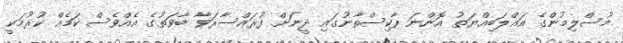
މުސްލިމުންގެ އަޣްލަބިއްޔަތު އޮންނަ ޕާކިސްތާނުގައި ދީނަށް ފުރައްސާރަވާ ބާވަތުގެ އެއްވެސް ކަމެއް ކުރުމަކީ